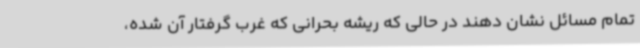
تمام مسائل نشان دهند در حالی که ریشه بحرانی که غرب گرفتار آن شده،